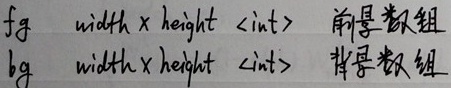
$fg$  width $\times$ height $\ \langle\text{int}\rangle$ 前景数组$bg$  width $\times$ height $\ \langle\text{int}\rangle$ 背景数组